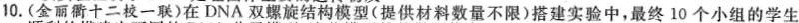
10.(金丽衢十二校一联)在DNA`双螺旋结构模型(提供材料数量不限)搭建实验中，最终10个小组的学生